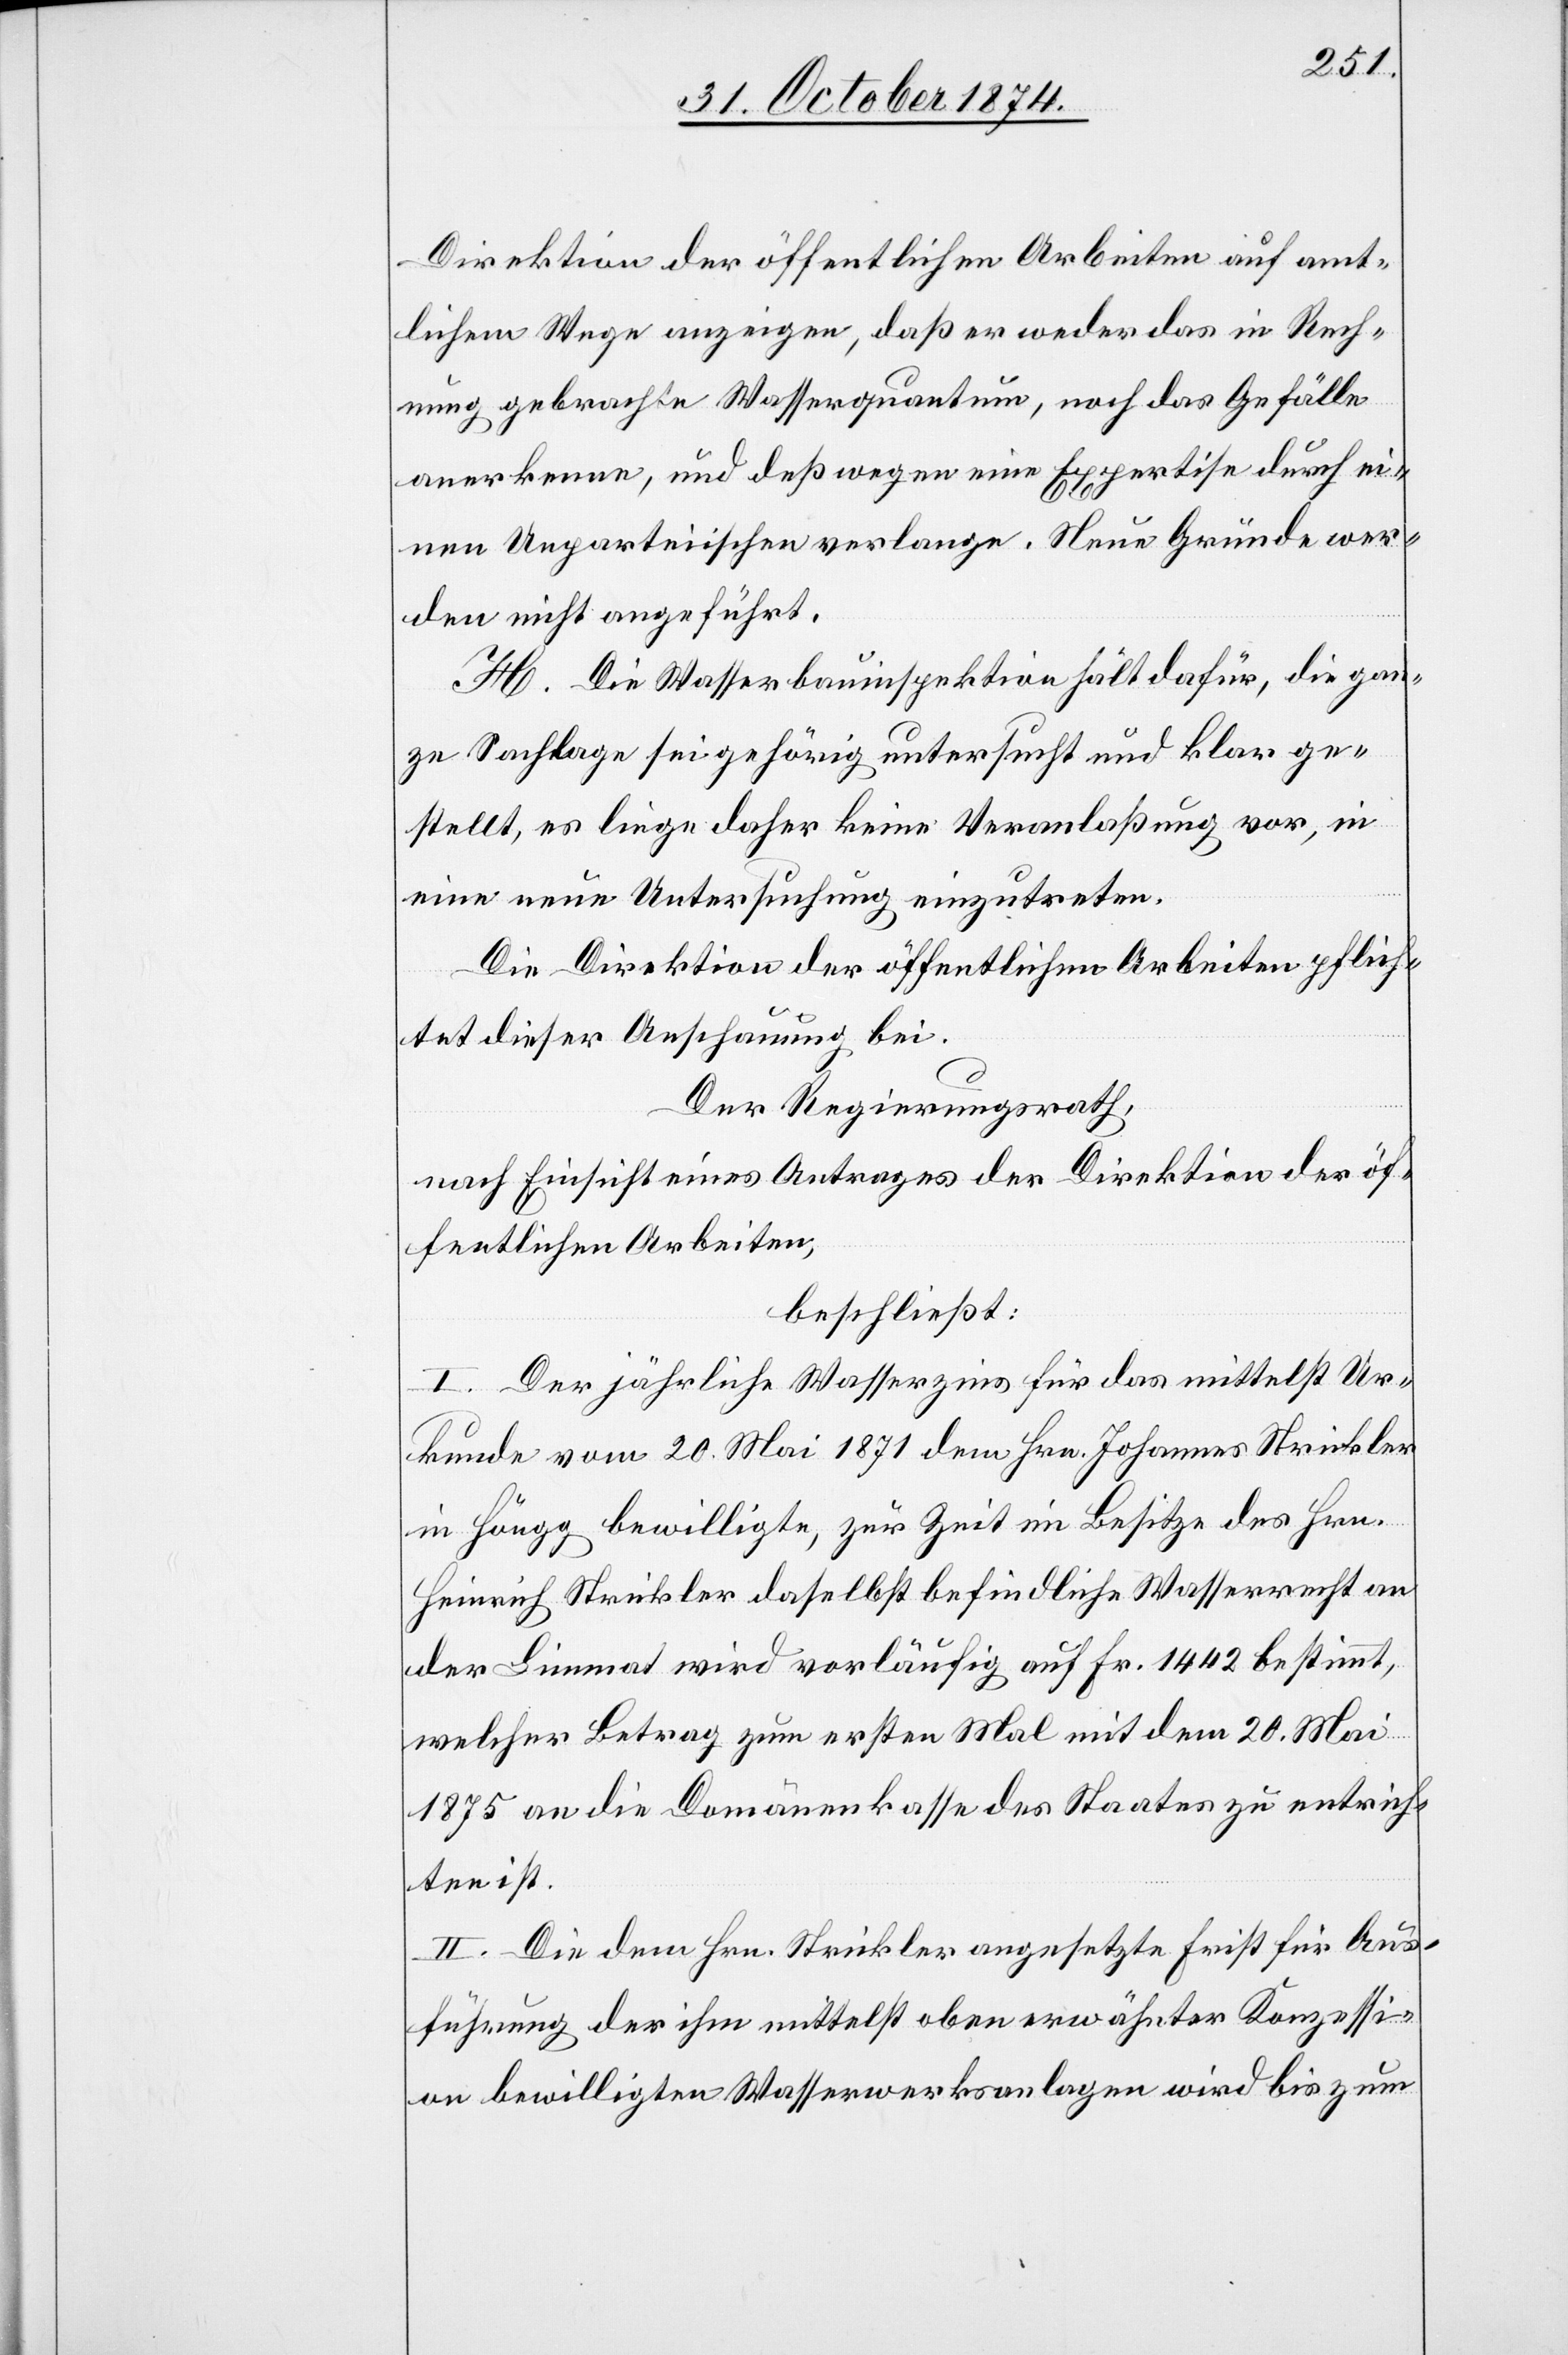
Direktion der öffentlichen Arbeiten auf amt¬
lichem Wege anzeigen, daß er weder das in Rech¬
nung gebrachte Wasserquantum, noch das Gefälle
anerkennen, und deßwegen eine Expertise durch ei¬
nen Unparteiischen verlange. Neue Gründe wer¬
den nicht angeführt.
H. Die Wasserbauinspektion hält dafür, die gan¬
ze Sachlage sei gehörig untersucht und klar ge¬
stellt, es liege daher keine Veranlaßung vor, in
eine neue Untersuchung einzutreten.
Die Direktion der öffentlichen Arbeiten pflich¬
tet dieser Anschauung bei.
Der Regierungsrath,
nach Einsicht eines Antrages der Direktion der öf¬
fentlichen Arbeiten,
beschließt:
I. Der jährliche Wasserzins für das mittelst Ur¬
kunde vom 20. Mai 1871 dem Hrn. Johannes Strickler
in Höngg bewilligte, zur Zeit im Besitze des Hrn.
Heinrich Strickler daselbst befindliche Wasserrecht an
der Limmat wird vorläufig auf Fr. 1442 bestimmt,
welcher Betrag zum ersten Mal mit dem 20. Mai
1875 an die Domänenkasse des Staates zu entrich¬
ten ist.
II. Die dem Hrn. Strickler angesetzte Frist für Aus¬
führung der ihm mittelst oben erwähnten Konzessi¬
on bewilligten Wasserwerksanlagen wird bis zum